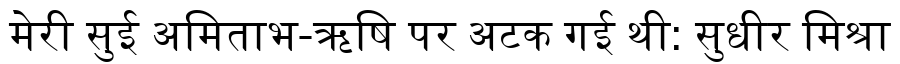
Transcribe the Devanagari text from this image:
मेरी सुई अमिताभ-ऋषि पर अटक गई थी: सुधीर मिश्रा